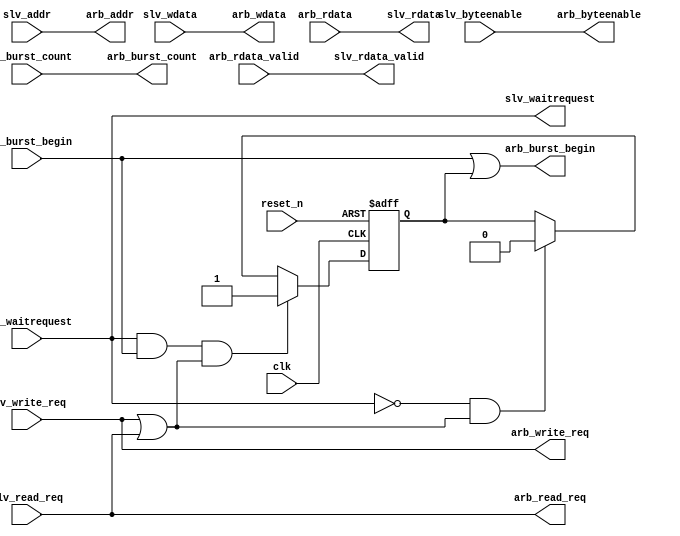

`timescale 1ns / 1ns

module mpfe_slave_port #( 
    parameter
        SLV_ADDR_WIDTH          = 8,
        DATA_WIDTH              = 32,
        BCOUNT_WIDTH            = 3
        
    )
    (
        input wire                        clk,
        input wire                        reset_n,
        
        // Avalon interface 
        input wire                        slv_write_req,
        input wire                        slv_read_req,
        input wire                        slv_burst_begin,
        input wire [BCOUNT_WIDTH-1 : 0]   slv_burst_count,
        input wire [SLV_ADDR_WIDTH - 1 : 0]   slv_addr,
        input wire [DATA_WIDTH - 1 : 0]   slv_wdata,
        input wire [DATA_WIDTH/8-1 : 0]   slv_byteenable,
        output reg                        slv_waitrequest,
        output reg                        slv_rdata_valid,
        output reg  [DATA_WIDTH - 1 : 0]  slv_rdata,
        
        output reg                        arb_write_req,
        output reg                        arb_read_req,
        output reg                        arb_burst_begin,
        output reg [BCOUNT_WIDTH - 1 : 0] arb_burst_count,
        output reg [SLV_ADDR_WIDTH - 1 : 0]   arb_addr,
        output reg [DATA_WIDTH - 1 : 0]   arb_wdata,
        output reg [DATA_WIDTH/8-1 : 0]   arb_byteenable,    
        input wire                        arb_waitrequest,
        input wire                        arb_rdata_valid,
        input wire [DATA_WIDTH - 1 : 0]   arb_rdata
    );

    
    reg held_burstbegin;
    
    always @(posedge clk, negedge reset_n) begin 
        if (!reset_n) begin
            held_burstbegin <= 'b0;
        end
        else begin
            // hold burstbegin if waitrequest is asserted...
            if (slv_waitrequest && slv_burst_begin && (slv_write_req || slv_read_req))
                held_burstbegin <= 1'b1;
            else if (~slv_waitrequest && (slv_write_req || slv_read_req))
                held_burstbegin <= 1'b0;
        end
    end
    
    always @(*)
    begin
        arb_write_req   = slv_write_req   ;
        arb_read_req    = slv_read_req    ;
        arb_addr        = slv_addr        ;
        arb_burst_count = slv_burst_count ;
        arb_wdata       = slv_wdata       ;
        arb_byteenable  = slv_byteenable  ;
        arb_burst_begin = slv_burst_begin || held_burstbegin;
        
        slv_waitrequest = arb_waitrequest; 
        slv_rdata_valid = arb_rdata_valid;
        slv_rdata       = arb_rdata;
    end
    
    
    


endmodule